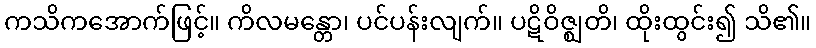
ကသိကအောက်ဖြင့်။ ကိလမန္တော၊ ပင်ပန်းလျက်။ ပဋိဝိဇ္ဈတိ၊ ထိုးထွင်း၍ သိ၏။